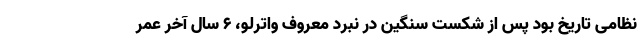
نظامی تاریخ بود پس از شکست سنگین در نبرد معروف واترلو، ۶ سال آخر عمر